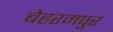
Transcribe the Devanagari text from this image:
बेहरमपुर